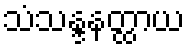
သံသန္ဒနတ္ထာယ